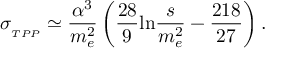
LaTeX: \sigma _ { _ { T P P } } \simeq \frac { \alpha ^ { 3 } } { m _ { e } ^ { 2 } } \left( \frac { 2 8 } { 9 } \mathrm { l n } \frac { s } { m _ { e } ^ { 2 } } - \frac { 2 1 8 } { 2 7 } \right) .